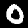
Digit: 0